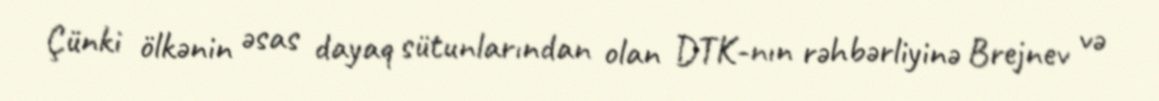
Çünki ölkənin əsas dayaq sütunlarından olan DTK-nın rəhbərliyinə Brejnev və